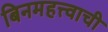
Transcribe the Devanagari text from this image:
बिनमहत्त्वाची